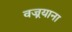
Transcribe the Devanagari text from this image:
वज्र्रयाना